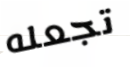
تجعله